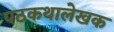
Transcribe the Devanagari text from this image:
पठकथालेखक